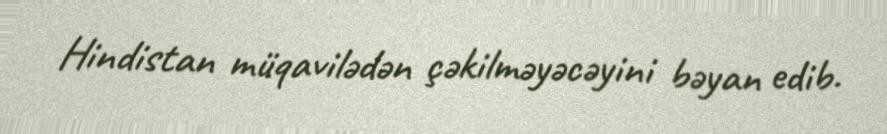
Hindistan müqavilədən çəkilməyəcəyini bəyan edib.